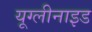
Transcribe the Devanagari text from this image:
यूग्लीनाइड